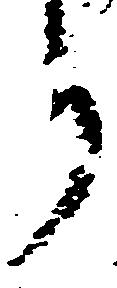
り